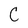
Character: C